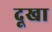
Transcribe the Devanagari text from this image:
दूखा